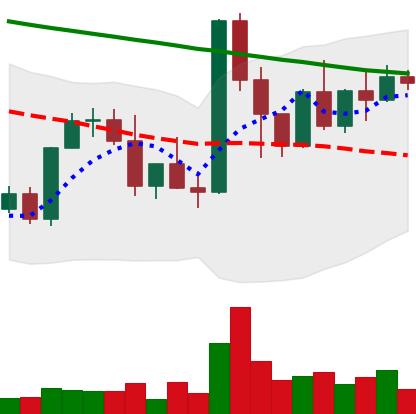
Ticker: XMR-USD
Chart end date: 2022-03-17
Forward return: 3.212%
Label: up_3_5